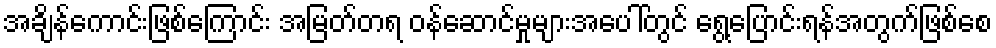
အချိန်ကောင်းဖြစ်ကြောင်း အမြတ်တရ ဝန်ဆောင်မှုများအပေါ်တွင် ရွေ့ပြောင်းရန်အတွက်ဖြစ်စေ